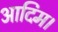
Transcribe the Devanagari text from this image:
आदिम।